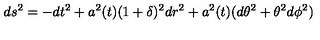
d s ^ { 2 } = - d t ^ { 2 } + a ^ { 2 } ( t ) ( 1 + \delta ) ^ { 2 } d r ^ { 2 } + a ^ { 2 } ( t ) ( d \theta ^ { 2 } + \theta ^ { 2 } d \phi ^ { 2 } )